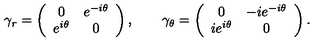
\gamma _ { r } = \left( \begin{array} { c c } { 0 } & { e ^ { - i \theta } } \\ { e ^ { i \theta } } & { 0 } \\ \end{array} \right) , \qquad \gamma _ { \theta } = \left( \begin{array} { c c } { 0 } & { - i e ^ { - i \theta } } \\ { i e ^ { i \theta } } & { 0 } \\ \end{array} \right) .